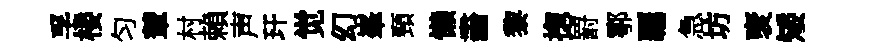
孚楼匀輦村賴声玕觉幻峯頸懒畵黎揔罸鄠覊急坊裦矮